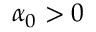
\alpha _ { 0 } > 0